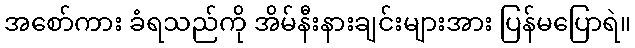
အစော်ကား ခံရသည်ကို အိမ်နီးနားချင်းများအား ပြန်မပြောရဲ။